Bréfritari: Malene Jensdóttir
Viðtakandi: Páll Pálsson
Dagsetning: A-1822-11-13
Skrifað á: Hallfreðarstöðum  N-Múl.

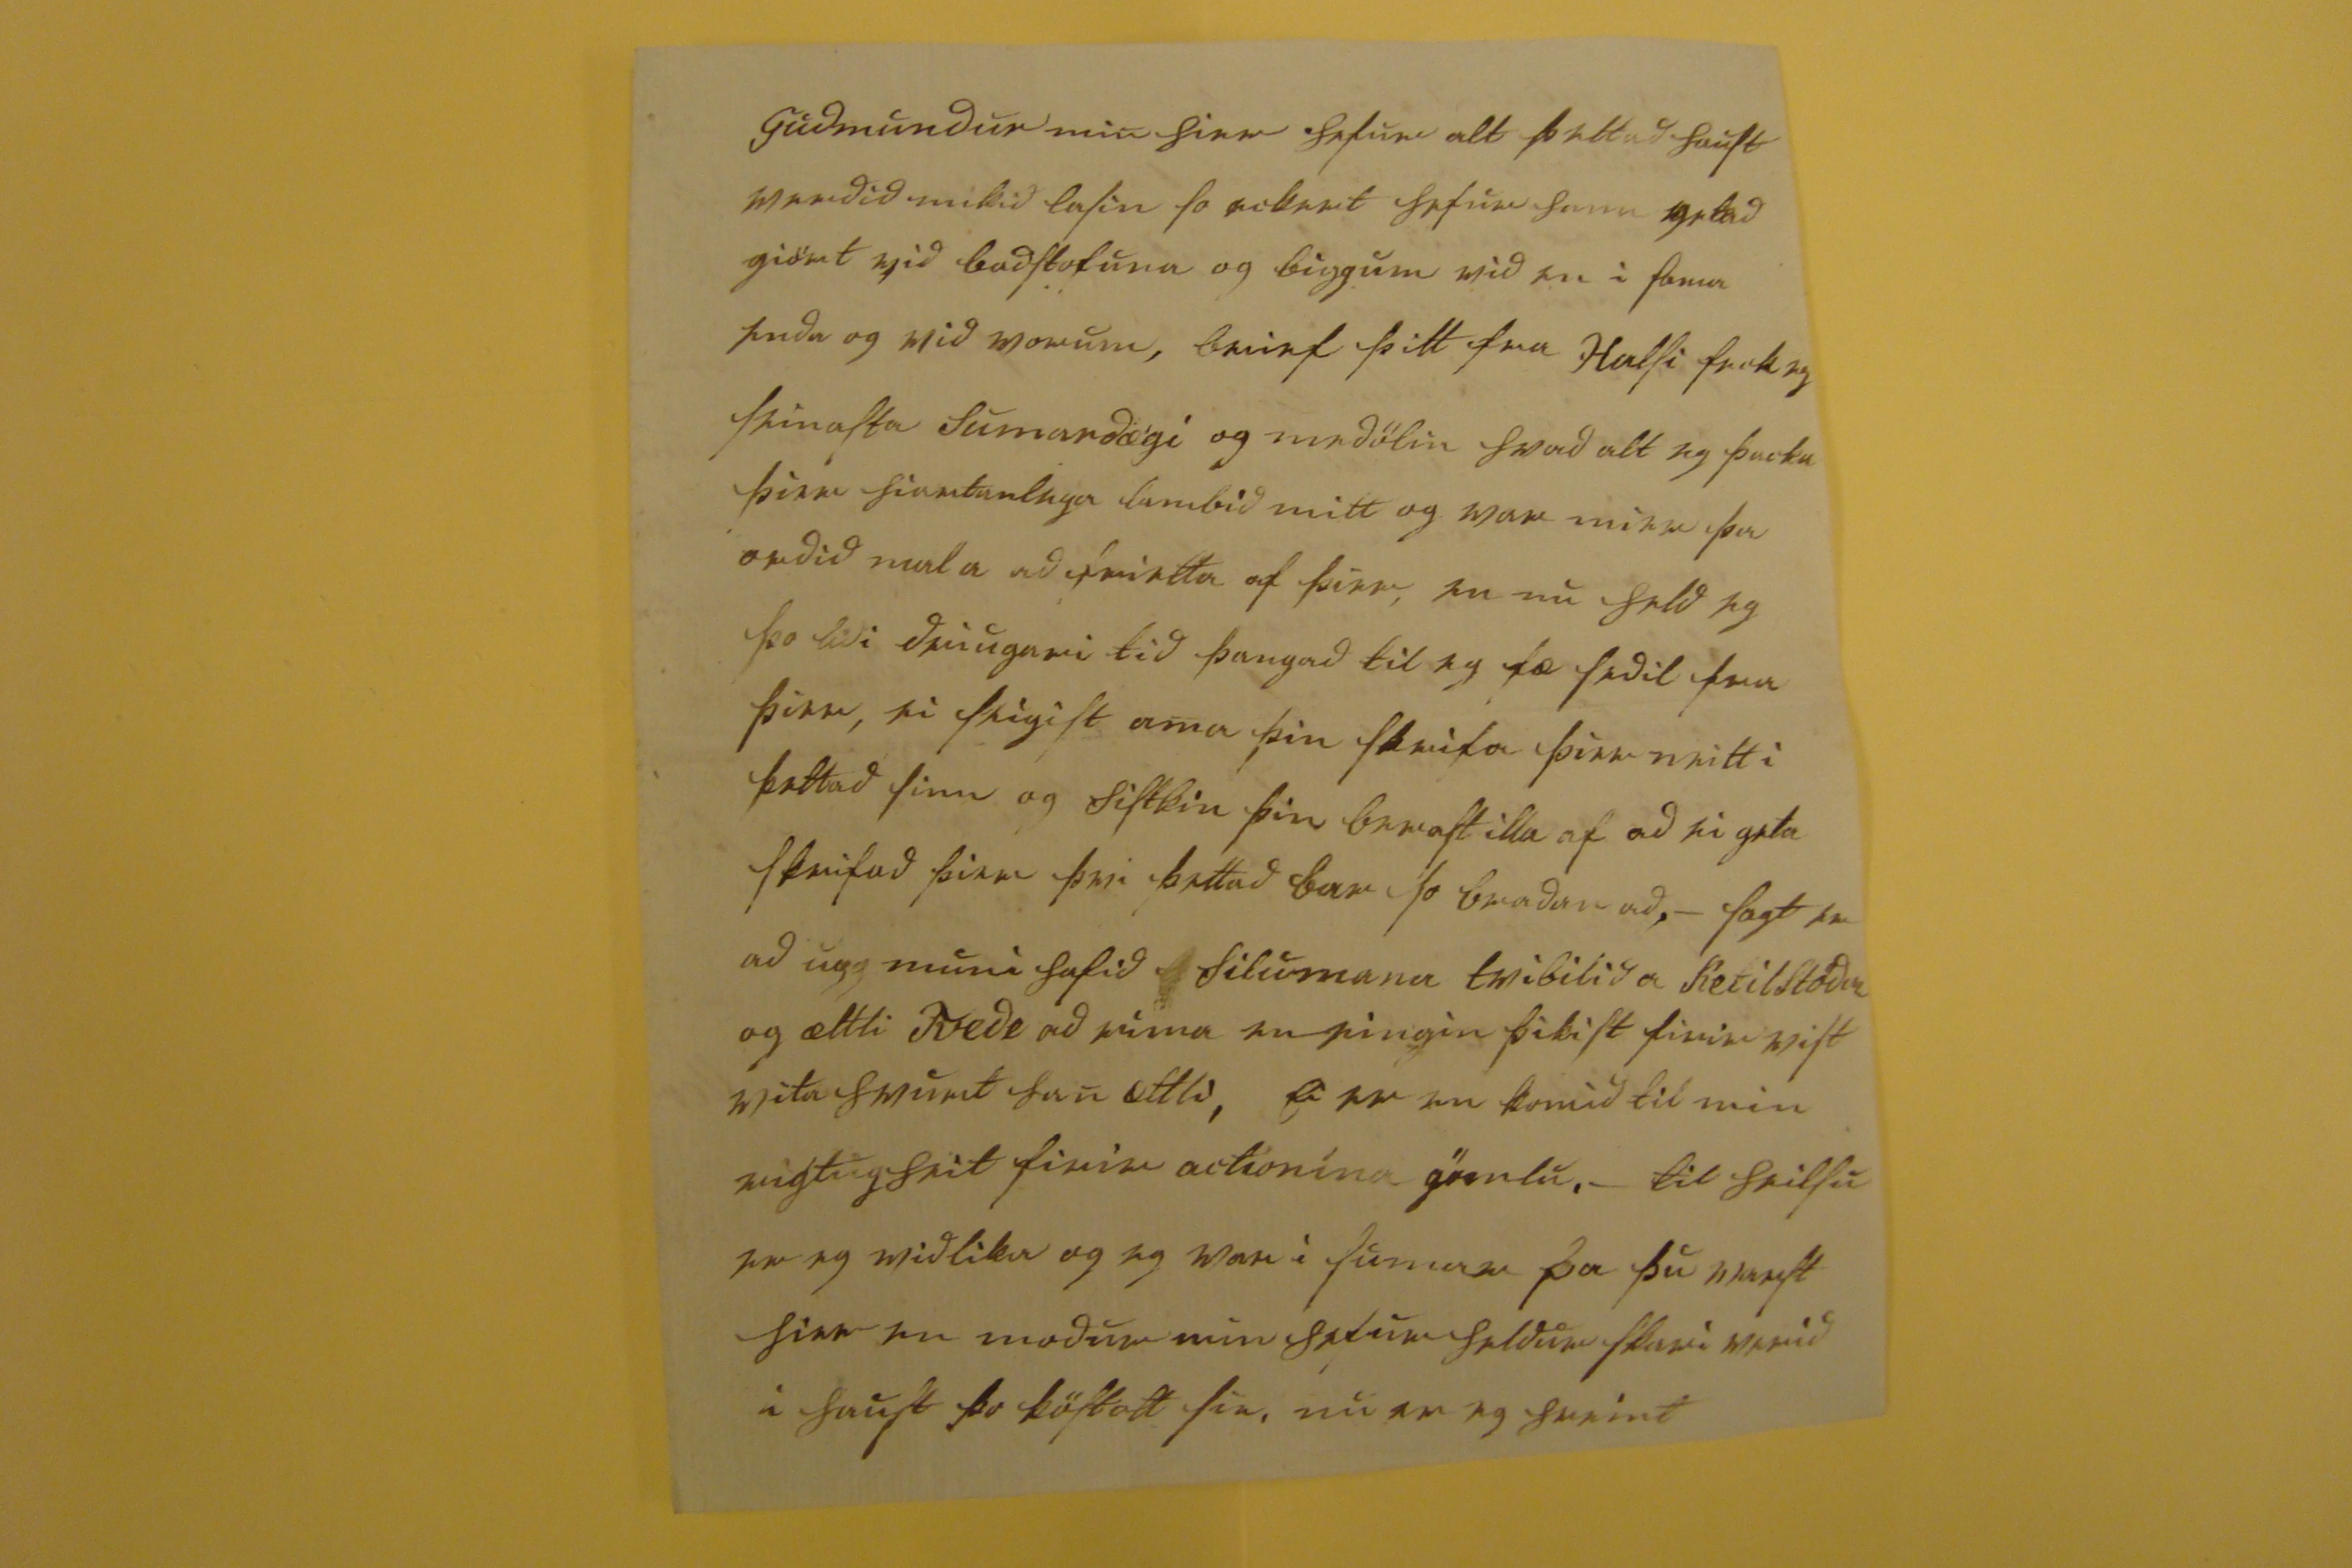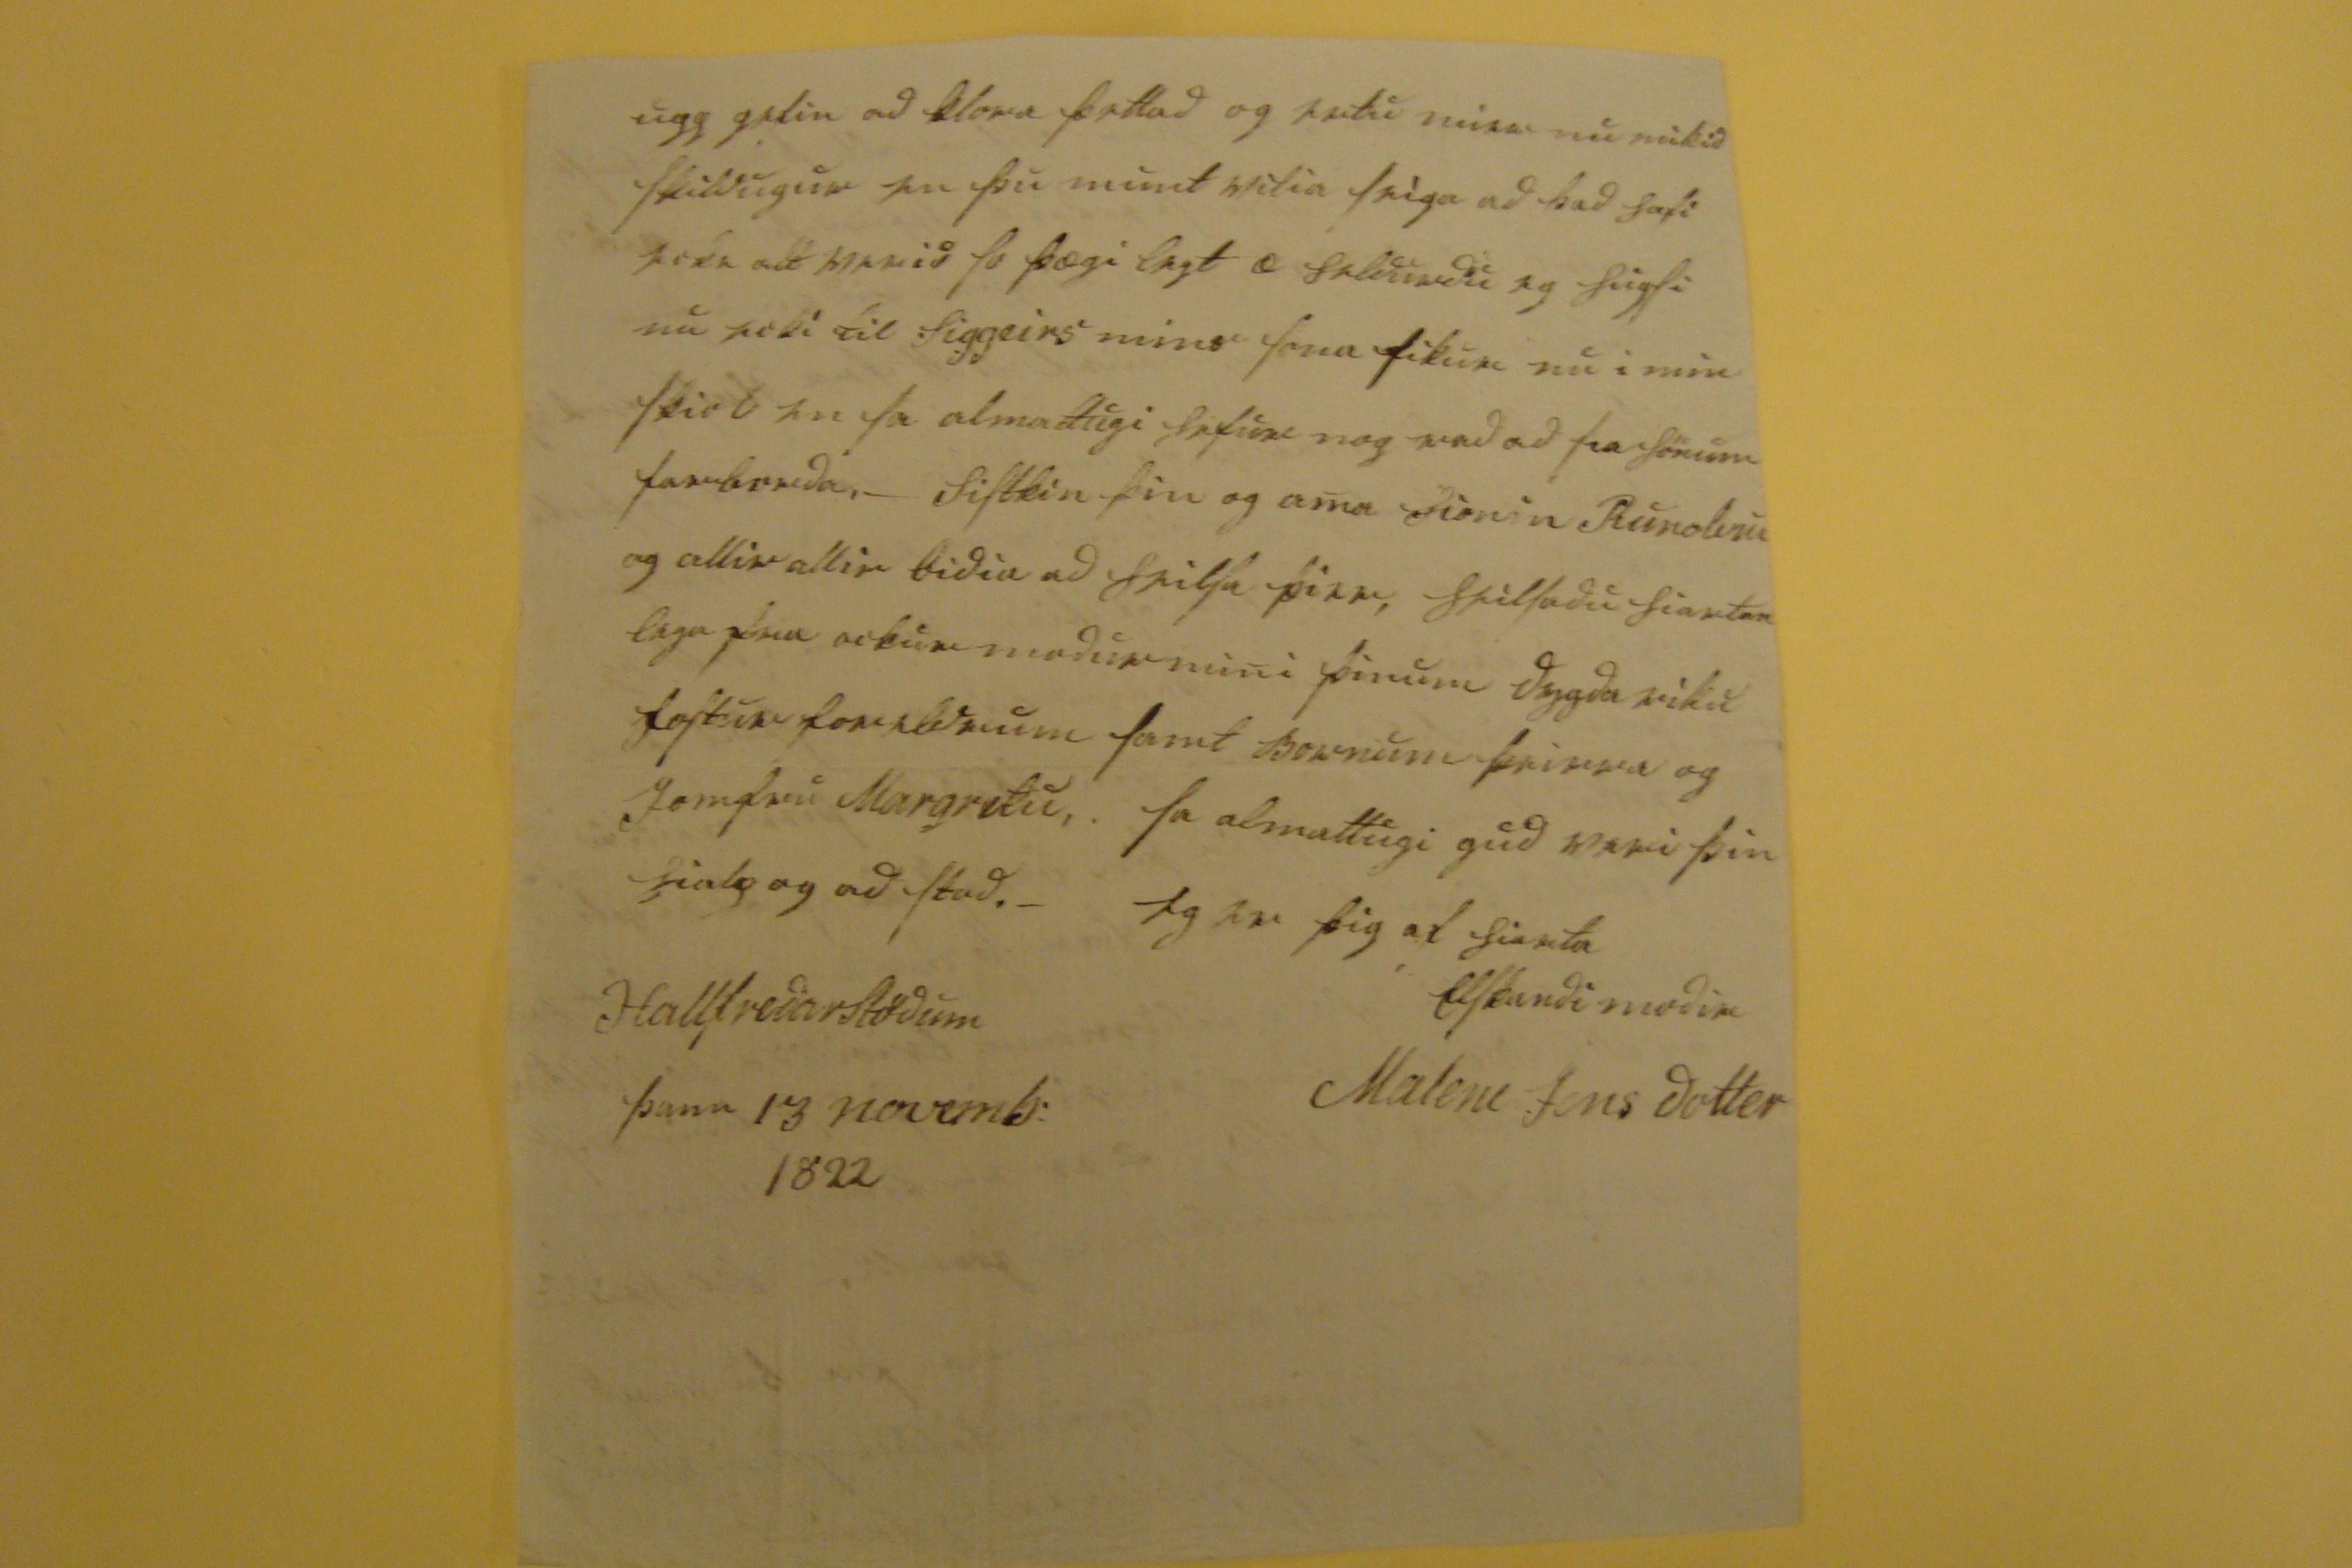

elsku lega lambid mitt
nu i rökrinu feck eg bod fra Kirkiubæ, ad brief þaug sem med postinum eiga ad fara skuli sendast þadan a morgun snema held eg þvi eitthvad verdi stutt sem þu fær fra mier i þettad sinn. _ ma eg þa biria á þar vid skildum á Hofi eg for fram ad Bustarfelli og tafdi þar fram undir middegi filgdi so Methusalem mier og feingum vid allra mesta storvidri fram eptir dalnum, en þa vid komum uppa heidina vægdi vedrid so vid feingum all gott filgdi hann mier þria
fiorduna
heidarinnar og voru þeir sniolausir en a austasta fiorungum var fult hvurt gil og grafningur þo komustum vid i biörtu ofan ad Skiöldulvstödum og vorum þar um nottina eg nadi so heim til min kvöldid eptir um midaptansbil. _
a Skiöldulvstödum feck eg þaug hrilli legu tidindi ad Stulka á nærsta bæ þar firir framan nefnl: a ArnorStödum var upp vis ordin ad dulgs mali hun hafdi kastad barni sinu i grafning skamt fra bænum hvar þad fanst mikid skadad af vörgum, þettad med kiendi hun strags og listi födur ad barninu giptan man þar a dalnum, en þa til þings kom auglistist ad brodur henar hafdi att med heni þettad barn og voru þaug bædi af Syslumani Meldsted dæmd fra lifi. Stulka þessi er sistir þeirrar er Guttormur Sigfússon atti barnid med i firra. _ skömu þar eptir heirdust friettir fra Valþiofstad ei heldur alskostar godar vinnu piltur hia Sera Stephani atti ad teima naut ni komid af afriett ut ad Arnheidarstödum og anar ingri ad reka á eptir prestur sagdi maninum ad han skildi
mula nautid, en kvad þess ei þurfa slo þa fir
vad
og batt laugina undir hönd sier og upum öxlina hinumeigin og knitti ad a briostinu þa ut firir tunid kom hliop geltandi hundur i nautid hvar vid þad stigdist kipti maninum flötum og dro han so eptir sier hin dreingurin hliop heim og sagdi til hliop þa prestur a stad med knif i hendi og gat um sidir skorid taugina var þa madurin stein daudur. _ nu verd eg en
nu
vid ad bæta friettum þo eg viti þier þær ogedfeldar seint i September vard kona frænda þins liettari að andvana sini og var miög hætt komin þo gaf gud heni strags eptir barnburdin goda heilsu a medan hun la á sæng for frændi þin uppi hierad ættladi ad Kirkiubæ en drucknadi i ferd þeirri a feriu stadnum undir fossinum voru merki til ad hann ættladi ad
fund rida
fliotid og var þo bidin litil þvi strags heirdist þegar hann kalladi og var þa vidbrugdist en
00
er madurin sem ættladi ad sækia hann
kom ofan i
flackan
mætti hann þar hestinum hund votum for samt ifirum fliotid fan eckert nema reid kapu hans og vetlinga á backanum, fadir hans og prestur voru i kaupsta þa þettad skiedi, dægin eptir vard hann slæddur uppur fliotinu Gudmundur hier smidadi kistu hans, vid modur min vorum vid greptrun hans en færri komu gestir en til stod þvi um þær
mudir
var felli þo kom Ser:
St00
St brodur hans og med hönum Arnheidarstada brædur þeir baru likid asamt Einari Hiorleifsini og Joni vefara folk hans barst betur af en nockur von var firir þo er hann bædi sokn sini og hvurium öðrum er til han þektu harmdaudi
0000
eckia hans er komin nordur til modur sinar en Oddur litli ad Hofi alt þettad er nu skied i sama manuði og þu forst og er þad ædi mikið, um vetur næturnar saladist Gudmundur a Vifilstödum, tidin hefur a þessu hausti verid ein hin besta
Gudmundur min hier hefur alt þettað haust
vardid
mikid lasin so eckert hefur hann getad giört vid badstofuna og biggum vid en i sama
enda
og vid vorum, brief þitt fra Halsi feck eg seinasta sumardægi og medölin hvad alt eg þacka þier hiartanlega lambid mitt og var mier þa ordid mal a ad frietta af þier, en nu held eg þo lidi driugari tid þangad til eg fæ sedil fra þier, ei seigist ama þin skrifa þier neitt i þettad sinn og sistkin þin berast illa af ad ei geta skrifad þier þvi þettad bar so bradar ad, - sagt er ad upp muni hafid
hilumana tvibilid
a Ketilstödum og ættli
Tvede
ad vinna en eingin þikist firir vist vita hvurt han ættli,
ei er en
komid til min
vigtugheit
firir
actionína
gömlu. - til heilsu er eg vidlika og eg var i sumar þa þu varst hier en modur min hefur heldur skari verid i haust þo köstott sie, nu er eg hreint
upp gefin ad klora þettad og ertu mier nu mikid skildugur en þu munt vilia seiga ad þad hafi
ecki
verid so þægilegt æ heldurdu eg hugsi nu ecki til Siggeirs mins sona fikur nu i min skiol en sa almattugi hefur nog vid ad sia hönum farborda. - sistkin þin og ama
hionin Runol000
og allir allir bidia ad heilsa þier, heilsadu hjartan lega fra ockur modur mini þinum dygda riku fosturforeldrum samt Bornum þeirra og Jomfru Margretu. sa almattugi gud veri þin hialp og ad stod.-
eg er þig af hiarta elskandi modir
Malene Jensdottir
Hallfredarstödum þann 13 novemb: 1822